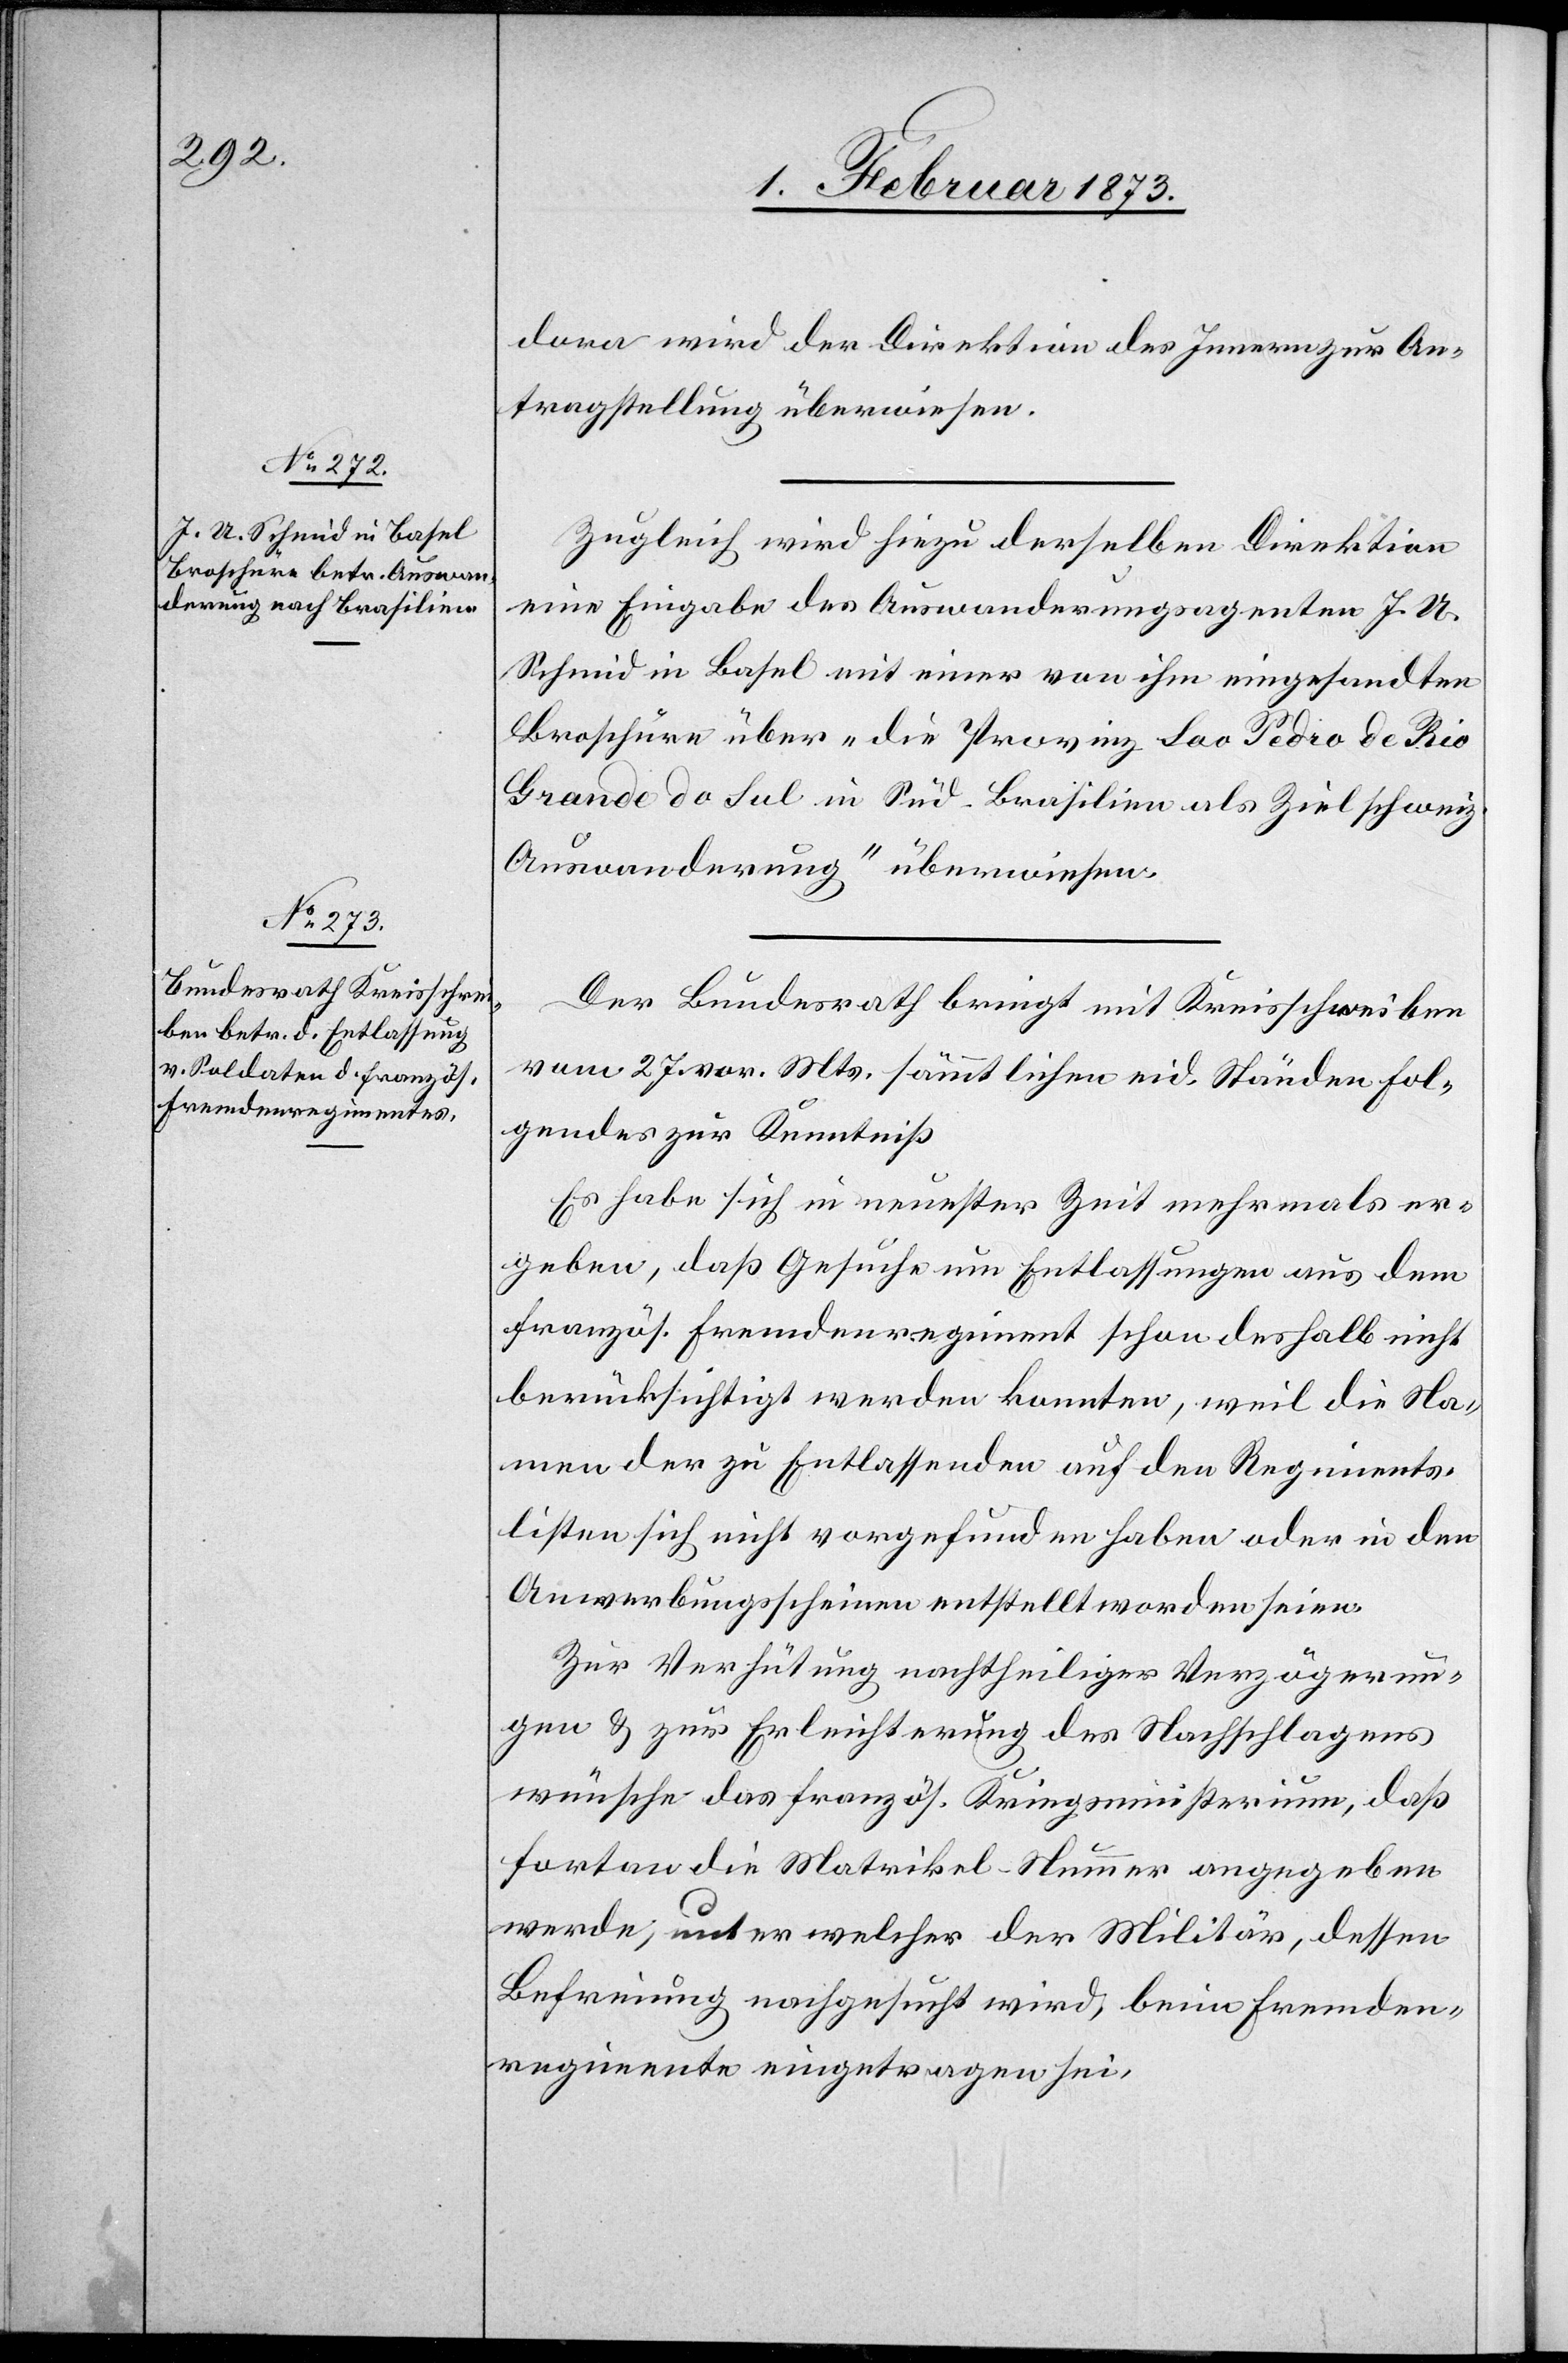
dor wird der Direktion des Innern zur An¬
tragstellung überwiesen.
Zugleich wird hiezu derselben Direktion
eine Eingabe des Auswanderungsagenten J. U.
Schmid in Basel mit einer von ihm eingesandten
Broschüre über „die Provinz Sao Pedro de Rio
Grande do Sul in Süd-Brasilien als Ziel schweiz.
Auswanderung“ überwiesen.
Der Bundesrath bringt mit Kreisschreiben
vom 27. vor. Mts. sämmtlichen eid. Ständen Fol¬
gendes zur Kenntniß
Es habe sich in neuester Zeit mehrmals er¬
geben, daß Gesuche um Entlassungen aus dem
französ. Fremdenregiment schon deshalb nicht
berücksichtigt werden konnten, weil die Na¬
men der zu Entlassenden auf den Regiments¬
listen sich nicht vorgefunden haben oder in den
Anwerbungsscheinen entstellt worden seien.
Zur Verhütung nachtheiliger Verzögerun¬
gen u. zur Erleichterung des Nachschlagens
wünsche das französ. Kriegsministerium, daß
fortan die Matrikel-Nummer angegeben
werde, unter welcher der Militär, dessen
Befreiung nachgesucht wird, beim Fremden¬
regimente eingetragen sei.